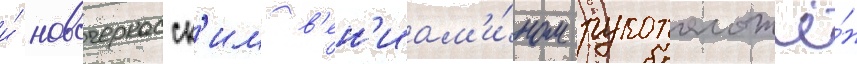
и́ новочеркасск'им в'ен'иам'и́ном рукоположё́н